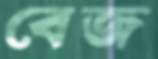
বেজ